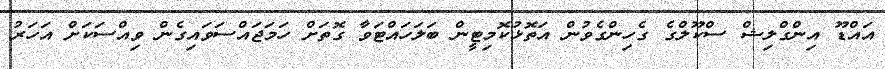
އައްޑޫ އިންގްލިޝް ސްކޫލްގެ ގެހިންގެވުން އަތޮޅުކޮމިޓީން ބަލަހައްޓަވާ ގޮތަށް ހަމަޖައްސަވައިގެން ވިއްސަކަށް އަހަރު